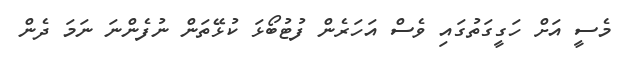
މެސީ އަށް ހަގީގަތުގައި ވެސް އަހަރެން ފުޓުބޯޅަ ކުޅޭތަން ނުފެންނަ ނަމަ ދެން